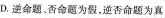
D.逆命题、否命题为假，逆否命题为真